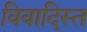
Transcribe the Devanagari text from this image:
विवादिस्त